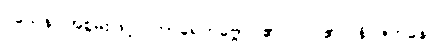
ဝသေန၊ အစွမ်းဖြင့်။ ကာရေတဗ္ဗော၊ ၏။ ဝါ၊ ၏။ နိပဇဘနေပိ၊